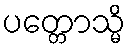
ပတ္တောသ္မိ